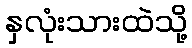
နှလုံးသားထဲသို့